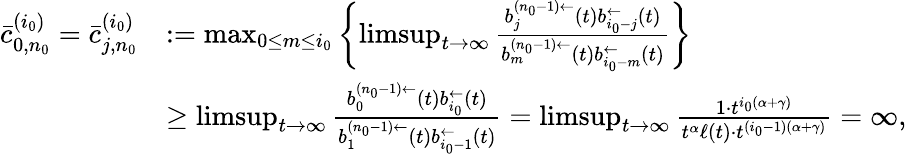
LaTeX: \begin{array}{rl}{\bar{c}_{0,n_{0}}^{(i_{0})}=\bar{c}_{j,n_{0}}^{(i_{0})}}&{:=\operatorname*{max}_{0\le m\le i_{0}}\left\{ \operatorname*{limsup}_{t\to\infty}\frac{b_{j}^{(n_{0}-1)\leftarrow}(t)b_{i_{0}-j}^{\leftarrow}(t)}{b_{m}^{(n_{0}-1)\leftarrow}(t)b_{i_{0}-m}^{\leftarrow}(t)}\right\} }\\ &{\ge\operatorname*{limsup}_{t\to\infty}\frac{b_{0}^{(n_{0}-1)\leftarrow}(t)b_{i_{0}}^{\leftarrow}(t)}{b_{1}^{(n_{0}-1)\leftarrow}(t)b_{i_{0}-1}^{\leftarrow}(t)}=\operatorname*{limsup}_{t\to\infty}\frac{1\cdot t^{i_{0}(\alpha+\gamma)}}{t^{\alpha}\ell(t)\cdot t^{(i_{0}-1)(\alpha+\gamma)}}=\infty,}\end{array}